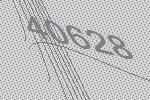
40628